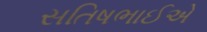
સતિષભાઈએ